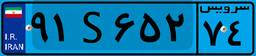
۹۵S۰۵۲۵۶